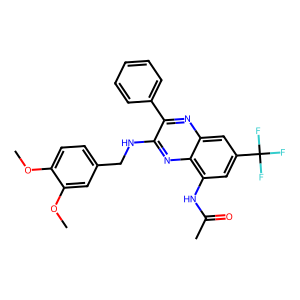
SMILES: COc1ccc(CNc2nc3c(NC(C)=O)cc(C(F)(F)F)cc3nc2-c2ccccc2)cc1OC
Inhibits HIV replication: No